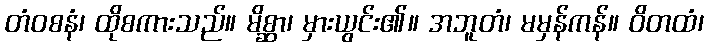
တံဝစနံ၊ ထိုစကားသည်။ မိစ္ဆာ၊ မှားယွင်း၏။ အဘူတံ၊ မမှန်ကန်။ ဝိတထံ၊